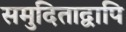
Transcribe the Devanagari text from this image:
समुदिताद्वापि